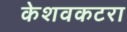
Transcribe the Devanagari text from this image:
केशवकटरा